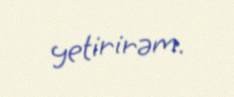
yetirirəm.